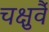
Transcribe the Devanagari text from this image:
चक्षुर्वै